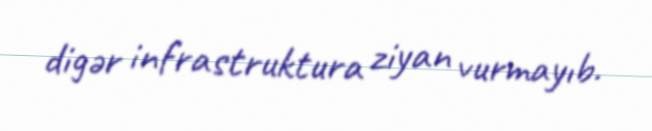
digər infrastruktura ziyan vurmayıb.